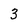
Character: 3